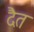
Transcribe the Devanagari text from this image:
दैत